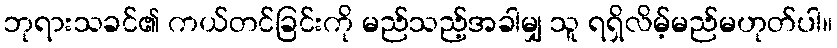
ဘုရားသခင်၏ ကယ်တင်ခြင်းကို မည်သည့်အခါမျှ သူ ရရှိလိမ့်မည်မဟုတ်ပါ။